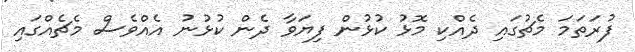
ފުރަތަމަ މެޗުގައި ދެއްކި މޮޅު ކުޅުން ފިޔަވާ ދެން ކުޅުނު އެއްވެސް މެޗެއްގައި